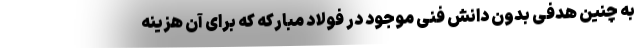
به چنین هدفی بدون دانش فنی موجود در فولاد مبارکه که برای آن هزینه